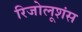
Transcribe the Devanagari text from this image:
रिजोलूशंस